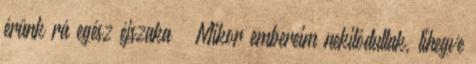
érünk rá egész éjszaka – Mikor embereim nekilódultak, lihegve